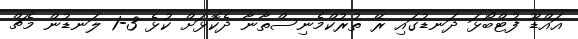
އައްޑޫ ފުޓްބޯޅަ ދަނޑުގައި ރޭ ތުރުކްމެނިސްތާނާ ދެކޮޅަށް ކުޅެ 3-1 ލަނޑުން މެޗް